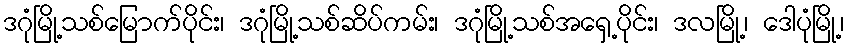
ဒဂုံမြို့သစ်မြောက်ပိုင်း၊ ဒဂုံမြို့သစ်ဆိပ်ကမ်း၊ ဒဂုံမြို့သစ်အရှေ့ပိုင်း၊ ဒလမြို့၊ ဒေါပုံမြို့၊